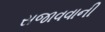
સજાવવાની